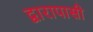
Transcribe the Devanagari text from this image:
द्वारापासी